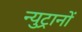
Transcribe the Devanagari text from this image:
न्युट्रानों